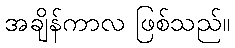
အချိန်ကာလ ဖြစ်သည်။